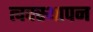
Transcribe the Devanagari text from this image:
त्वक्स्थापन